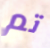
تم